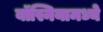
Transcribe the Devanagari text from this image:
बॉस्नियामध्ये